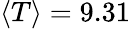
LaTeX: \left\langle T\right\rangle=9.31